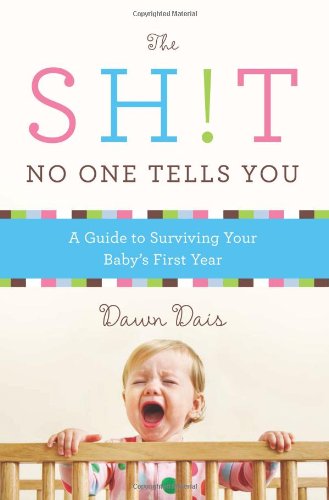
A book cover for The Sh!t No One Tells You: A Guide to Surviving Your Baby's First Year; Dawn Dais; Humor & Entertainment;